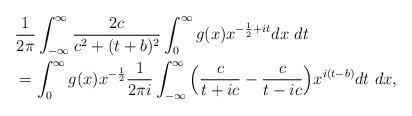
LaTeX: \begin{align*}&\frac{1}{2\pi}\int _{-\infty}^\infty \frac{2c}{c^2+(t+b)^2}\int_0^\infty g(x)x^{-\frac12+it}dx\ dt\\&=\int_0^\infty g(x)x^{-\frac12} \frac{1}{2\pi i}\int _{-\infty}^\infty \Big(\frac{c}{t+ic}-\frac{c}{t-ic}\Big)x^{i(t-b)} dt\ dx,\end{align*}